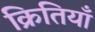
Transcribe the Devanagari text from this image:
क्रितियाँ